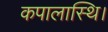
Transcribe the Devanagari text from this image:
कपालास्थि।